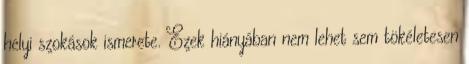
helyi szokások ismerete. Ezek hiányában nem lehet sem tökéletesen